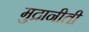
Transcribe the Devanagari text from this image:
मुद्रानीती